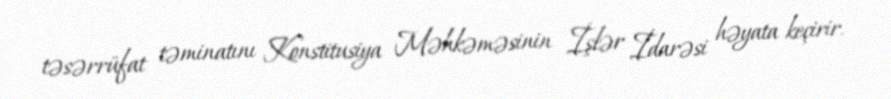
təsərrüfat təminatını Konstitusiya Məhkəməsinin İşlər İdarəsi həyata keçirir.